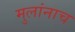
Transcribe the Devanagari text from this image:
मुलांनाच